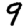
Digit: 9